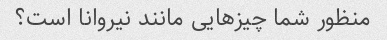
منظور شما چیزهایی مانند نیروانا است؟